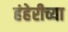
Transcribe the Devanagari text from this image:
हंहेरीच्या